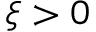
\xi > 0